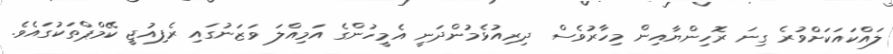
ލައްކައަކަށްވުރެ ގިނަ ރޮހިންޔާއިން މިހާރުވެސް ދިރިއުޅެމުންދަނީ އެމީހުންގެ އަމިއްލަ ވަޒަނުގައި ރެފިއުޖީ ކޭމްޕްތަކުގައެވެ.